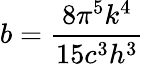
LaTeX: b={\frac{8\pi^{5}k^{4}}{15c^{3}h^{3}}}